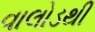
વાલોડથી